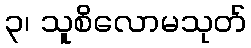
၃၊ သူစိလောမသုတ်